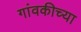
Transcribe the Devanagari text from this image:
गांवकीच्या